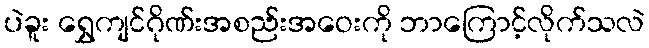
ပဲခူး ရွှေကျင်ဂိုဏ်းအစည်းအဝေးကို ဘာကြောင့်လိုက်သလဲ